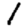
Digit: 1